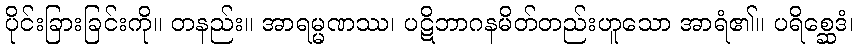
ပိုင်းခြားခြင်းကို။ တနည်း။ အာရမ္မဏဿ၊ ပဋိဘာဂနမိတ်တည်းဟူသော အာရံ၏။ ပရိစ္ဆေဒံ၊